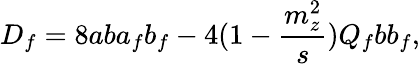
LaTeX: D_{f}=8aba_{f}b_{f}-4(1-{\frac{m_{z}^{2}}{s}})Q_{f}bb_{f},